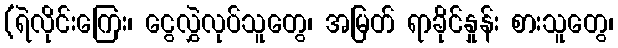
(ရဲလိုင်းကြေး၊ ငွေလွှဲလုပ်သူတွေ၊ အမြတ် ရာခိုင်နှုန်း စားသူတွေ၊